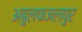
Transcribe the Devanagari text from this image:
अबुलफजलपुर